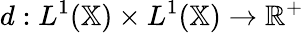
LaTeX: d:L^{1}(\mathbb{X})\times L^{1}(\mathbb{X})\rightarrow\mathbb{R}^{+}